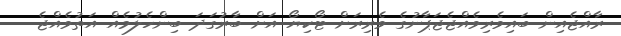
ރާއްޖެއިން ބައިވެރިވެއްޖެޖަޕާނުގެ ވެރިރަށް ޓޯކިޔޯ އަށް ބާރުގަދަ ބިންހެލުމެއް އަތުވެއްޖެ